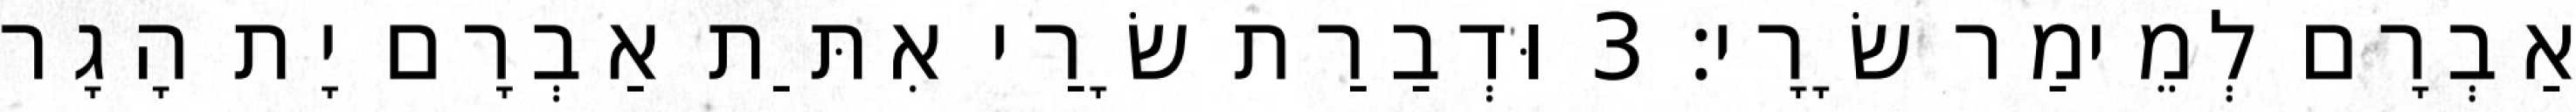
אַבְרָם לְמֵימַר שָׂרָי׃ 3 וּדְבַרַת שָׂרַי אִתַּת אַבְרָם יָת הָגָר